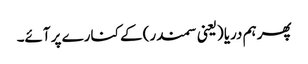
پھر ہم دریا (یعنی سمندر) کے کنارے پر آئے۔